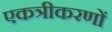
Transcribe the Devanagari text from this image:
एकत्रीकरणों